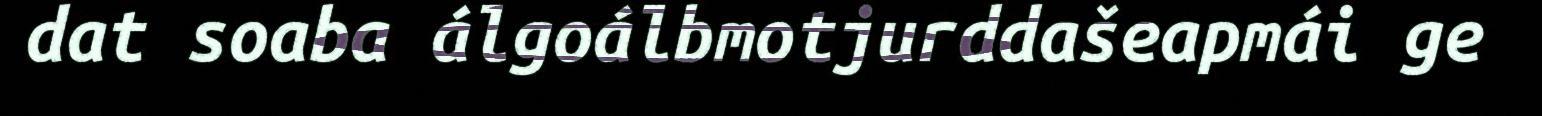
dat soaba álgoálbmotjurddašeapmái ge